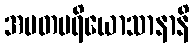
အမတပရိယောသာနာနိ